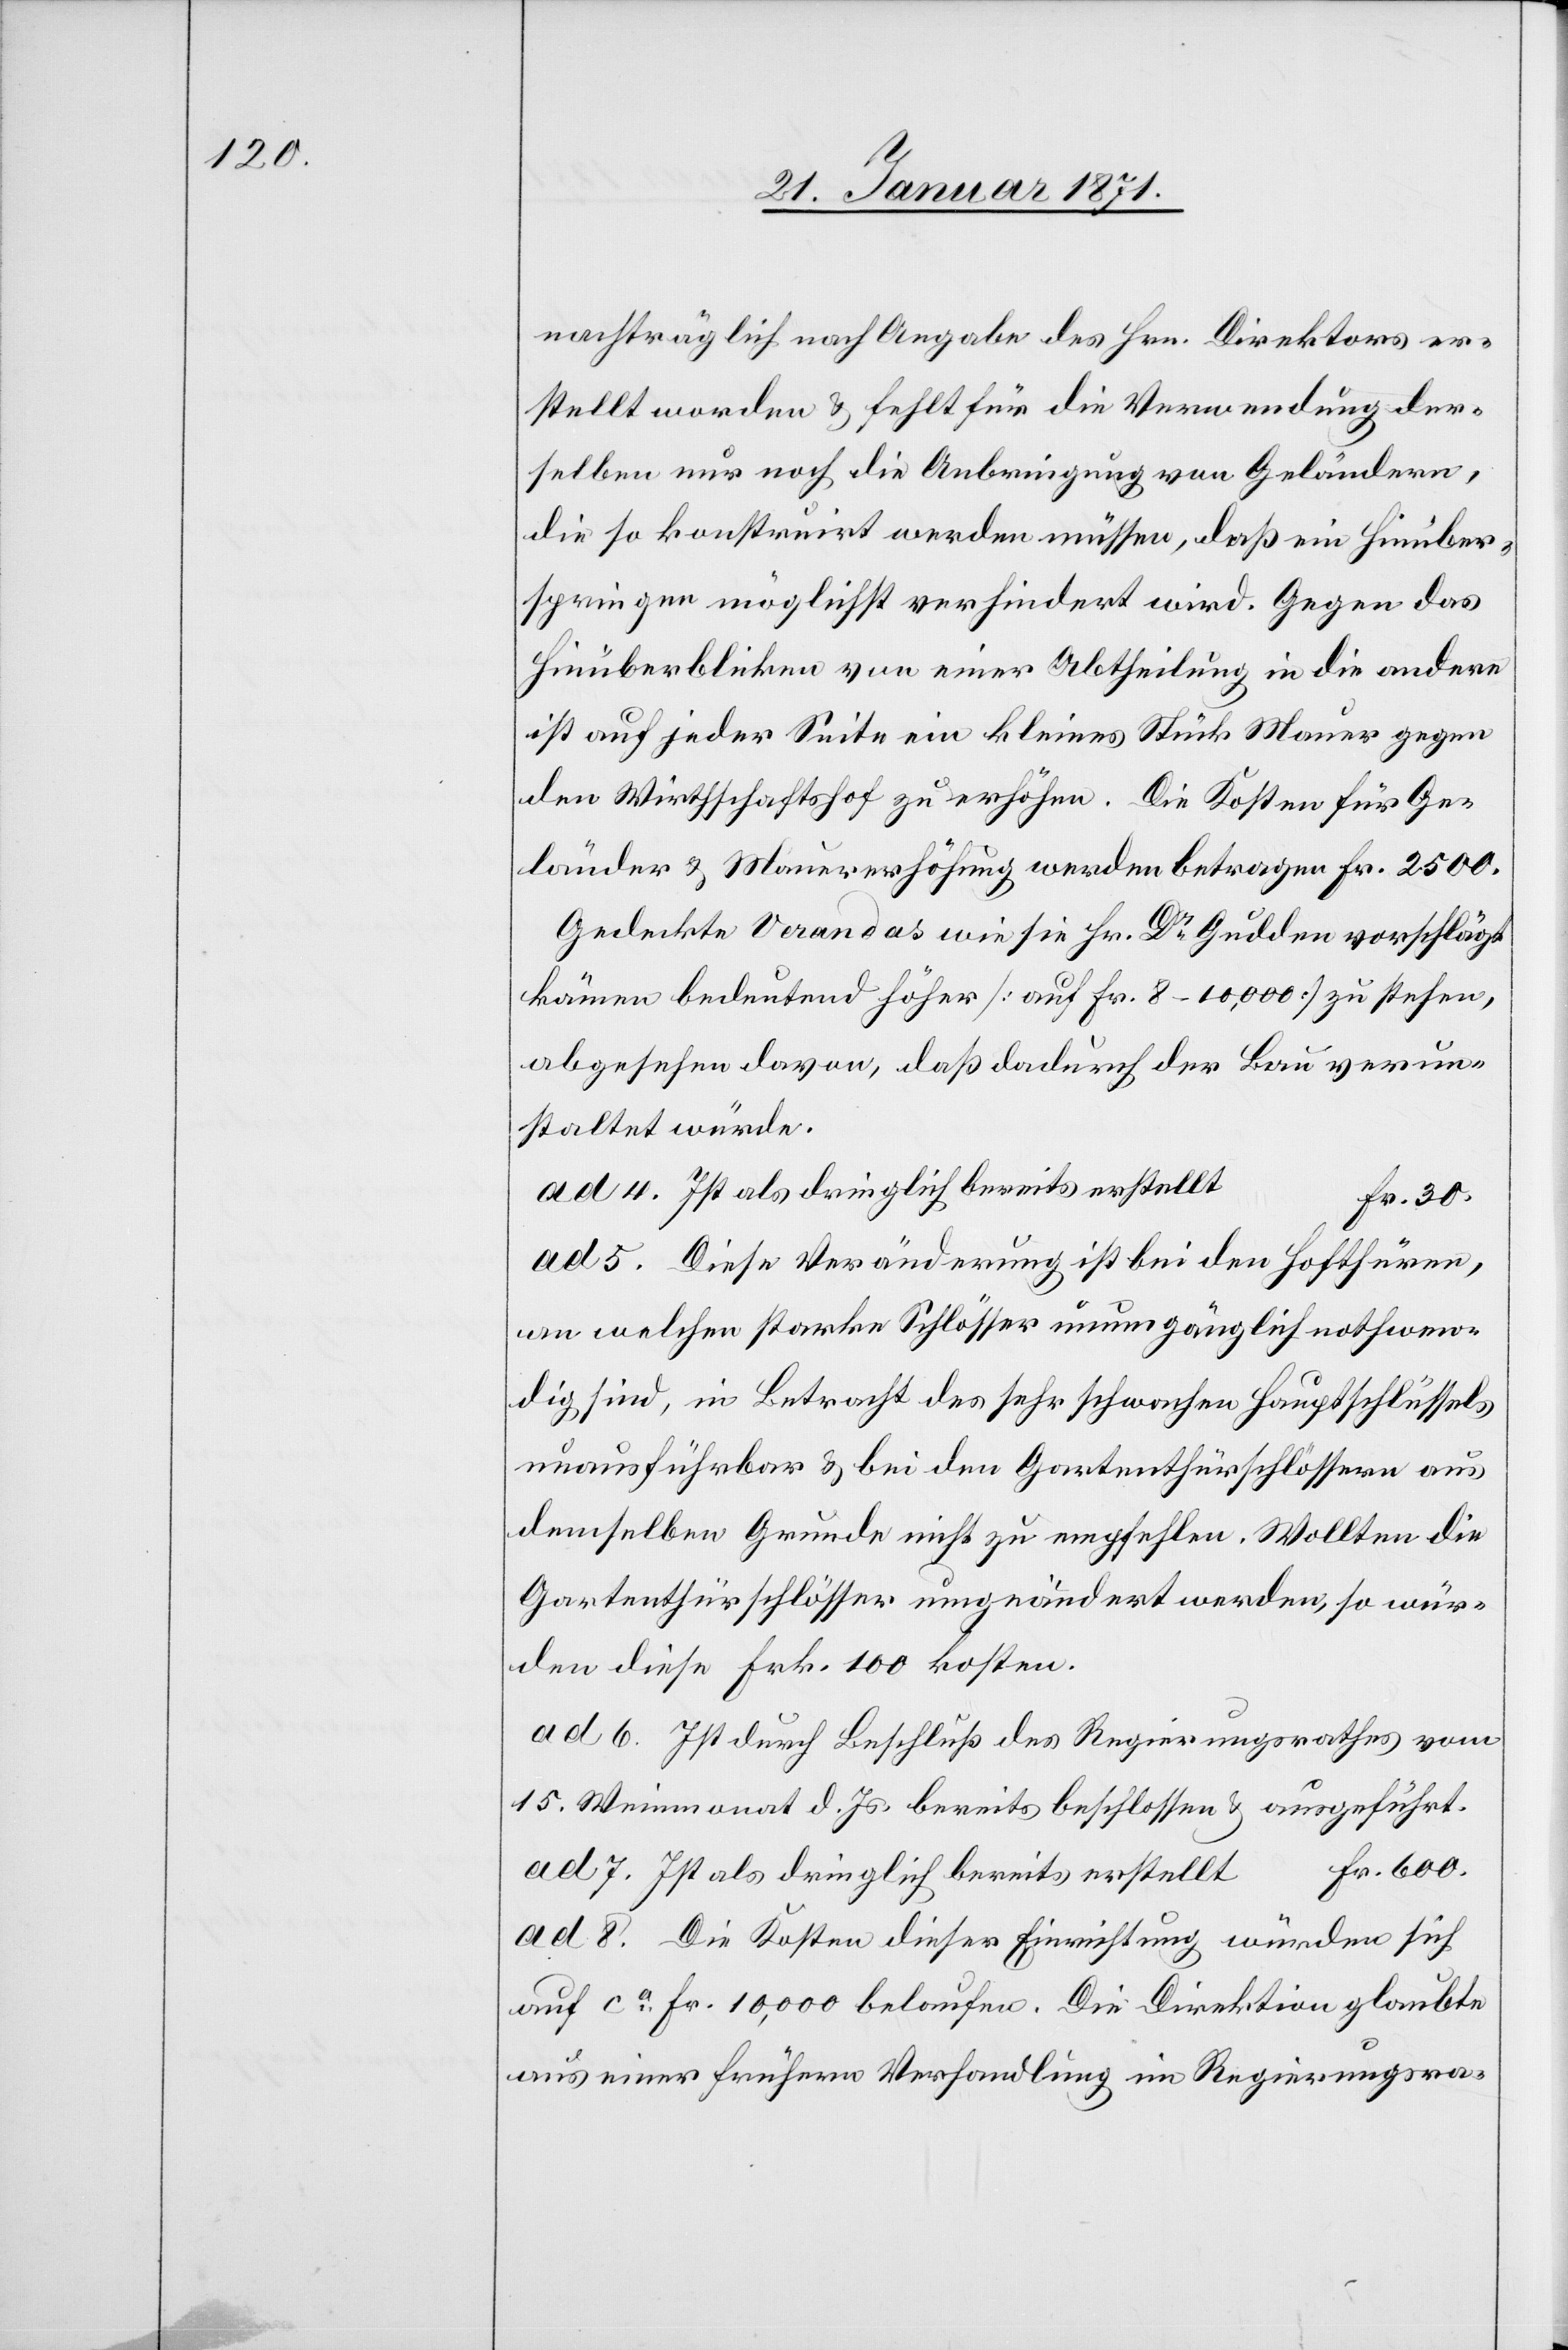
nachträglich nach Angabe des Hrn. Direktors er¬
stellt worden u. fehlt für die Verwendung der¬
selben nur noch die Anbringung von Geländern,
die so konstruirt werden müssen, daß ein Hinüber¬
springen möglichst verhindert wird. Gegen das
Hinüberblicken von einer Abtheilung in die andere
ist auf jeder Seite ein kleines Stück Mauer gegen
den Wirtschaftshof zu erhöhen. Die Kosten für Ge¬
länder u. Mauererhöhung werden betragen Fr. 2500.
Gedeckte Verandas wie sie Hr. Dr. Gudden vorschlägt
kämen bedeutend höher [auf Fr. 8–10,000] zu stehen,
abgesehen davon, daß dadurch der Bau verun¬
staltet würde.
ad 5. Diese Veränderung ist bei den Hofthüren,
an welchen starke Schlösser unumgänglich nothwen¬
dig sind, in Betracht des sehr schwachen Hauptschlüssels
unausführbar u. bei den Gartenthürschlössern aus
demselben Grunde nicht zu empfehlen. Wollten die
Gartenthürschlösser umgeändert werden, so wür¬
den diese Frk. 100 kosten.
ad 6. Ist durch Beschluß des Regierungsrathes vom
15. Weinmonat d. Js. bereits beschlossen u. ausgeführt.
ad 7. Ist als dringlich bereits erstellt						Fr. 600.
ad 8. Die Kosten dieser Einrichtung würden sich
auf ca. Fr. 10,000 belaufen. Die Direktion glaubte
aus einer frühern Verhandlung im Regierungsra-